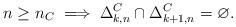
LaTeX: \begin{align*}n\geq n_C\implies\Delta_{k,n}^C\cap\Delta_{k+1,n}^C=\varnothing. \end{align*}